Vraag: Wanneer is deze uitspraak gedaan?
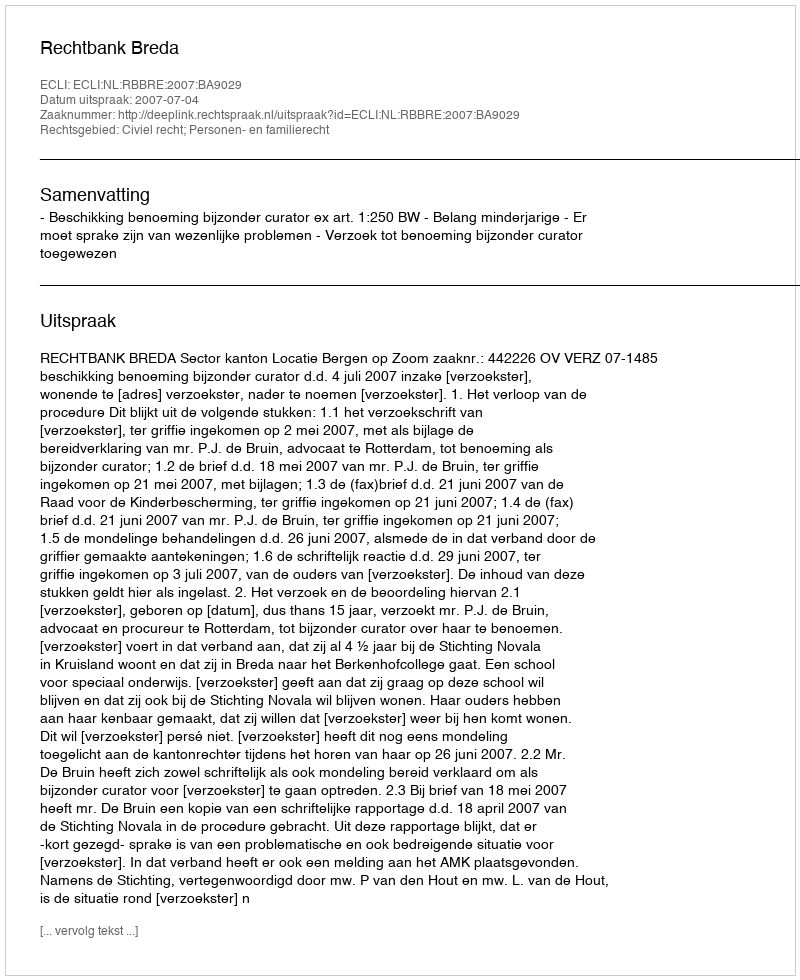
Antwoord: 2007-07-04